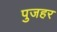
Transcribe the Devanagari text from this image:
पुजहर